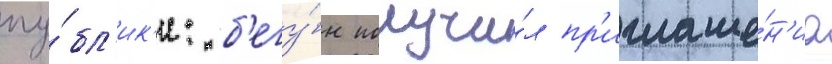
пу́бл'ик'и: б'егу́н получи́л пр'иглаше́н'иа